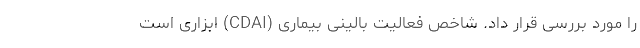
را مورد بررسی قرار داد. شاخص فعالیت بالینی بیماری (CDAI) ابزاری است